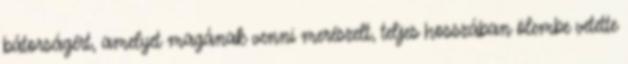
bátorságért, amelyet magának venni merészelt, teljes hosszában ölembe vetette